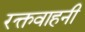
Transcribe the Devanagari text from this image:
रक्तवाहनी